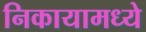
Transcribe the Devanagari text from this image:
निकायामध्ये